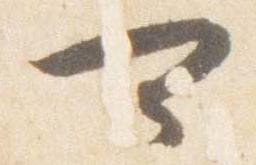
可